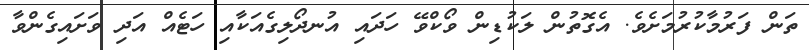
ތަން ފަރުމާކުރުމަށެވެ. އެގޮތުން ލަކުޑިން ވޯކްވޭ ހަދައި އުނދޯލިގެއަކާއި ހަޓެއް އަދި ވަށައިގެންވާ